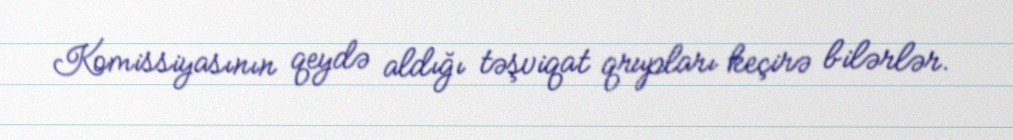
Komissiyasının qeydə aldığı təşviqat qrupları keçirə bilərlər.